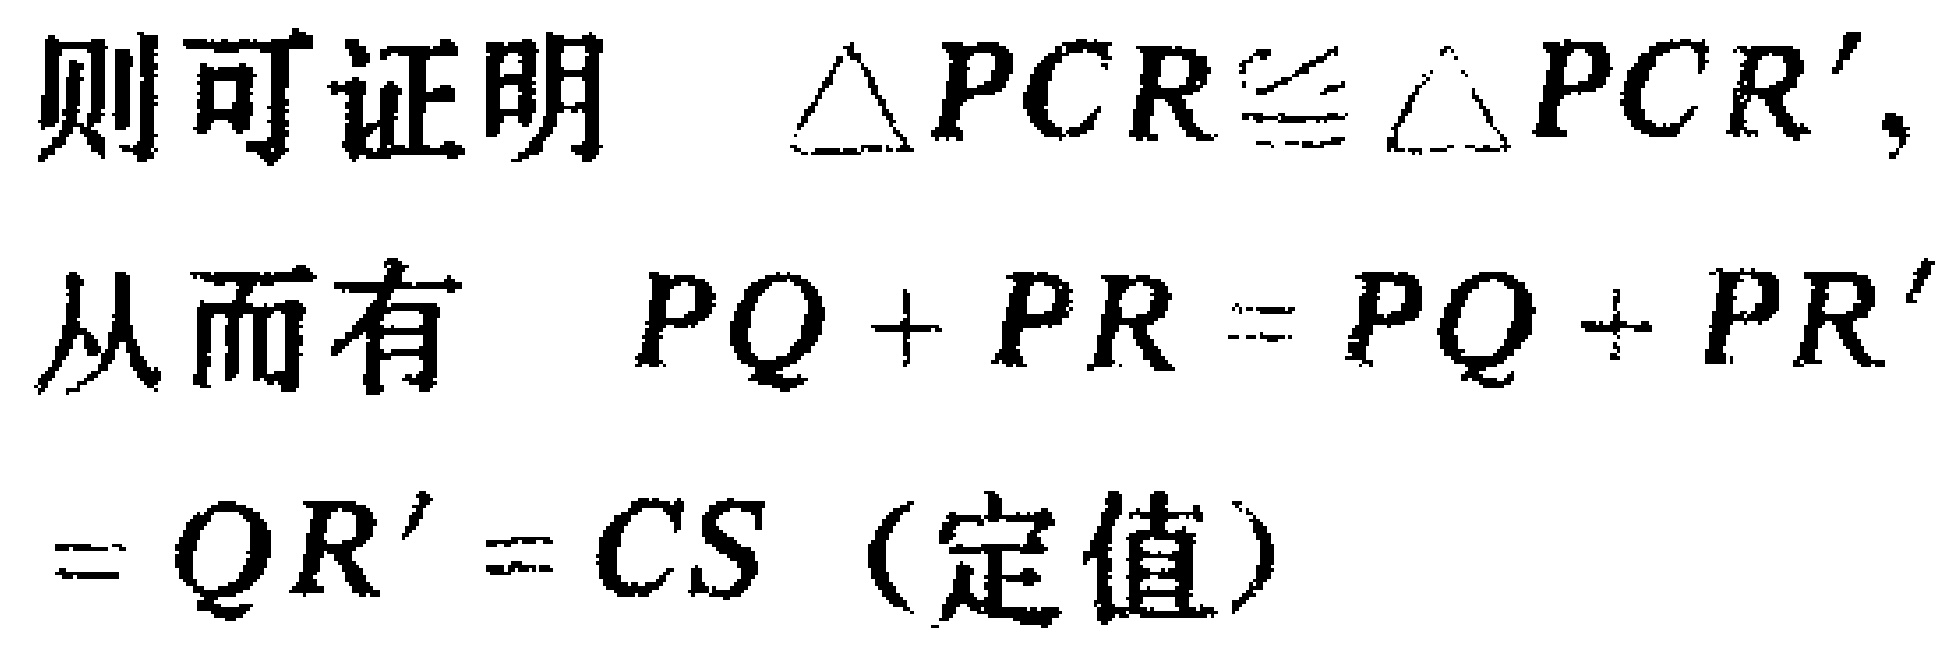
则可证明 $\triangle PCR\cong\triangle PCR',$
从而有 $PQ + PR = PQ + PR'$
$= QR' = CS$（定值）